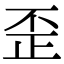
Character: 歪